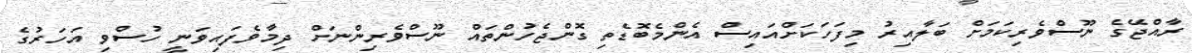
ރާއްޖޭގެ ނޫސްވެރިކަމަށް ބަލާއިރު މިފަހަކަށްއައިސް އެންމެބޮޑެތި ގޮންޖެހުންތައް ނޫސްވެރިންނަށް ދިމާވެފައިވަނީ ހުސްވި އަހަރުގެ